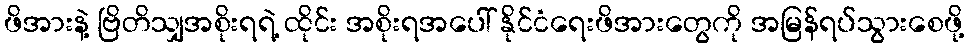
ဖိအားနဲ့ ဗြိတိသျှအစိုးရရဲ့ ထိုင်း အစိုးရအပေါ် နိုင်ငံရေးဖိအားတွေကို အမြန်ရပ်သွားစေဖို့